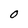
Character: O